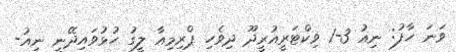
ވަނަ ހާފު: ނިއު 3-1 ވިކްޓަރީއުރީދޫ ދިވެހި ޕްރިމިއާ ލީގު ހުޅުވައިދޭނީ ނިއު-